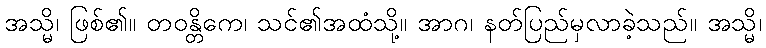
အသ္မိ၊ ဖြစ်၏။ တဝန္တိကေ၊ သင်၏အထံသို့။ အာဂ၊ နတ်ပြည်မှလာခဲ့သည်။ အသ္မိ၊